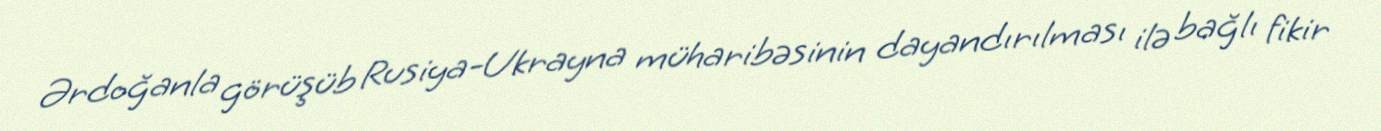
Ərdoğanla görüşüb Rusiya-Ukrayna müharibəsinin dayandırılması ilə bağlı fikir